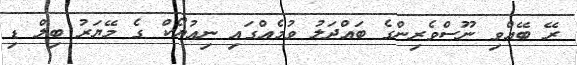
ރޭ ބޭއްވި ނޫސްވެރިންގެ ބައްދަލު ވުމެެއްގައި ނިއުޔޯކް ގެ މޭޔަރު ބިލް ޑި